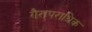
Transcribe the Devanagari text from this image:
गैरापराधिक